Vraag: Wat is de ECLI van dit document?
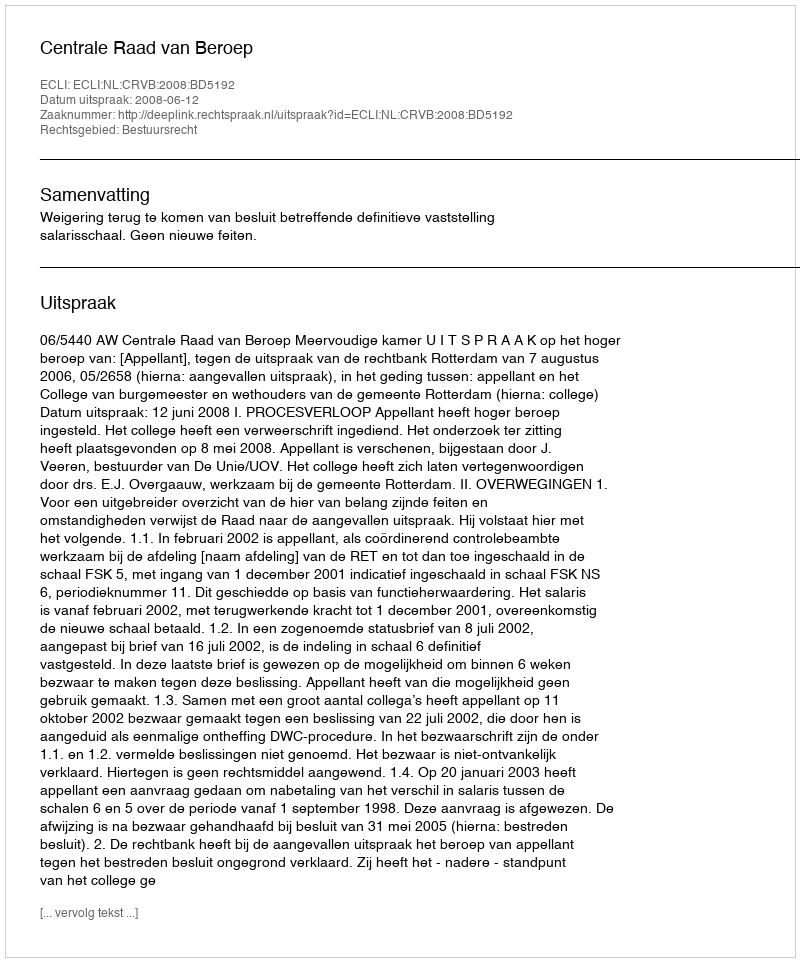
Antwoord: ECLI:NL:CRVB:2008:BD5192